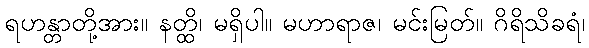
ရဟန္တာတို့အား။ နတ္ထိ၊ မရှိပါ။ မဟာရာဇ၊ မင်းမြတ်။ ဂိရိသိခရံ၊